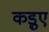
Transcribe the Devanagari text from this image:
कड़ुए